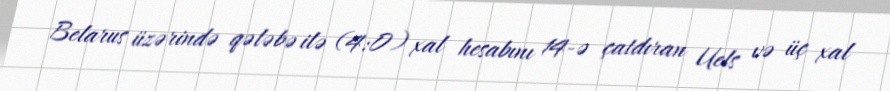
Belarus üzərində qələbə ilə (4:0) xal hesabını 14-ə çatdıran Uels və üç xal